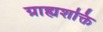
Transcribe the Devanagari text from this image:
ग्राह्यशक्ति